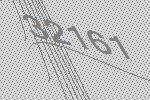
32161